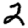
Digit: 2